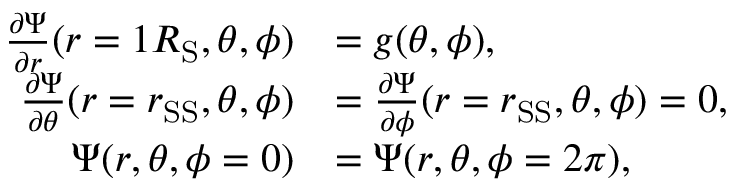
\begin{array} { r l } { \frac { \partial \Psi } { \partial r } ( r = 1 R _ { \mathrm { S } } , \theta , \phi ) } & { = g ( \theta , \phi ) , } \\ { \frac { \partial \Psi } { \partial \theta } ( r = r _ { \mathrm { S S } } , \theta , \phi ) } & { = \frac { \partial \Psi } { \partial \phi } ( r = r _ { \mathrm { S S } } , \theta , \phi ) = 0 , } \\ { \Psi ( r , \theta , \phi = 0 ) } & { = \Psi ( r , \theta , \phi = 2 \pi ) , } \end{array}